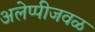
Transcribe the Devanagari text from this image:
अलेप्पीजवळ